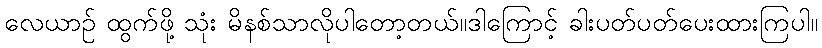
လေယာဉ် ထွက်ဖို့ သုံး မိနစ်သာလိုပါတော့တယ်။ဒါကြောင့် ခါးပတ်ပတ်ပေးထားကြပါ။